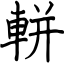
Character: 軿